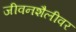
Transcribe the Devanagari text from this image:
जीवनशैलीवर